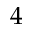
4